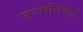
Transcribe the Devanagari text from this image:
जरमनियाई